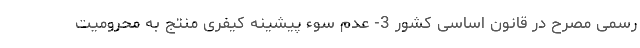
رسمی مصرح در قانون اساسی کشور 3- عدم سوء پیشینه کیفری منتج به محرومیت